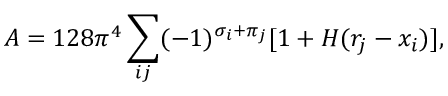
{ \cal A } = 1 2 8 \pi ^ { 4 } \sum _ { i j } ( - 1 ) ^ { \sigma _ { i } + \pi _ { j } } [ 1 + H ( r _ { j } - x _ { i } ) ] ,